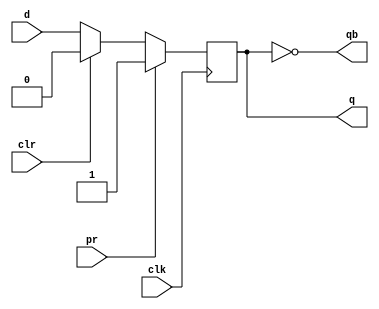
module DFF(clk,pr,clr,d,q,qb);
input clk,pr,clr,d;
output q,qb;
reg q;
initial
begin
q<=1'b0;
end
always@(posedge clk)
begin
if(pr)
begin
q<=1'b1;
end
else if(clr)
begin
q<=1'b0;
end
else 
begin
q<=d;
end
end
  assign qb=~q;
endmodule